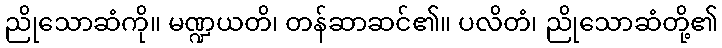
ညိုသောဆံကို။ မဏ္ဍယတိ၊ တန်ဆာဆင်၏။ ပလိတံ၊ ညိုသောဆံတို့၏